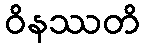
ဝိနဿတိ